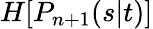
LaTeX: H[P_{n+1}(s|t)]